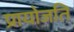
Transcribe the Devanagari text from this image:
प्रायोजति